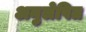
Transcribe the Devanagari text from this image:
अनुलेपित